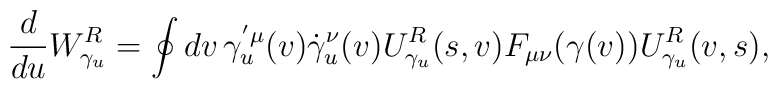
{d\over d u} W_{\gamma_u}^R =\oint dv\,  \gamma_u^{'\mu}(v) \dot\gamma_u^\nu(v)   U_{\gamma_u}^R(s,v) F_{\mu\nu}(\gamma(v)) U_{\gamma_u}^R(v,s),